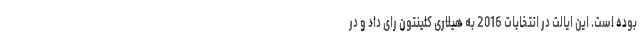
بوده است. این ایالت در انتخابات 2016 به هیلاری کلینتون رای داد و در